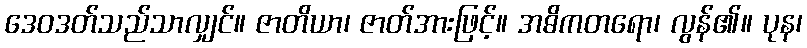
ဒေဝဒတ်သည်သာလျှင်။ ဇာတိယာ၊ ဇာတ်အားဖြင့်။ အဓိကတရော၊ လွန်၏။ ပုန၊